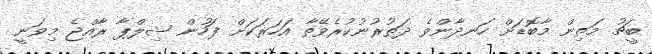
ބީޗު މަތިން މާބޮޑަށް ހަނދާންވެ ދަތުރުނުކުރެވޭތާ އަހަރަކަށް ފަހުން ޝިލްޕާ ރާއްޖެ މިވަނީ